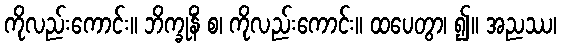
ကိုလည်းကောင်း။ ဘိက္ခုနိံ စ၊ ကိုလည်းကောင်း။ ထပေတွာ၊ ၍။ အညဿ၊